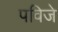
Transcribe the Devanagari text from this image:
पविजे